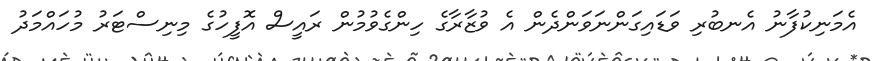
އެމަނިކުފާނު އެނބުރި ވަޑައިގަންނަވަންދެން އެ ވުޒާރާގެ ހިންގެވުމުން ރައީސް އޮފީހުގެ މިނިސްޓަރު މުހައްމަދު